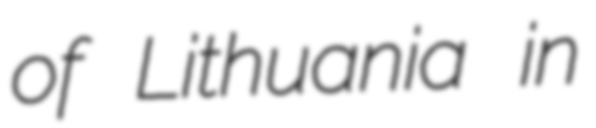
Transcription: of Lithuania in